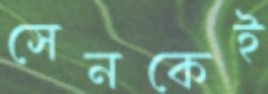
সেনকেই